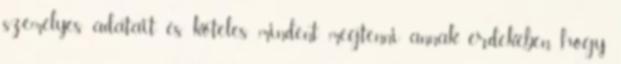
személyes adatait és köteles mindent megtenni annak érdekében, hogy